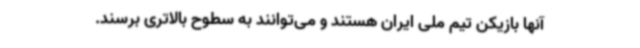
آنها بازیکن تیم ملی ایران هستند و می‌توانند به سطوح بالاتری برسند.